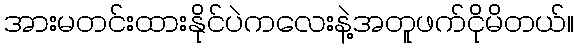
အားမတင်းထားနိုင်ပဲကလေးနဲ့အတူဖက်ငိုမိတယ်။